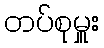
တပ်စုမှူး